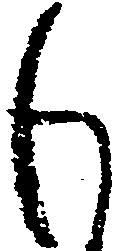
も